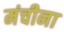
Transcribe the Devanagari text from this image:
मंचीना